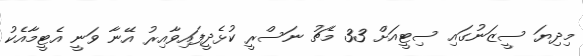
މިދިޔަ ސީޒަނުގައި ސިޓީއަށް 33 މެޗު ނަސްރީ ކުޅެދީފައިވާއިރު އޭނާ ވަނީ އެޓީމާއެކު